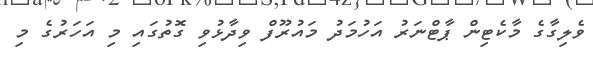
ވެލިގާގެ މާކެޓިން ޕާޓްނަރު އަހުމަދު މައުރޫފް ވިދާޅުވި ގޮތުގައި މި އަހަރުގެ މި